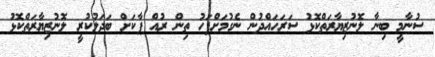
ސުނާމީ ބިނާ ލޮނުޒިޔާރަތްކޮޅު ސަރަހައްދުން ނެގުމަށްފަހު ތިން ރުއް ޕާކަށް ބަދަލުކުރީ ލޮނުޒިޔާރަތްކޮޅު